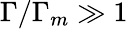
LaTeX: \Gamma/\Gamma_{m}\gg 1